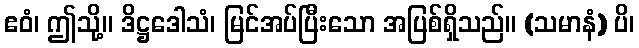
ဧဝံ၊ ဤသို့။ ဒိဋ္ဌဒေါသံ၊ မြင်အပ်ပြီးသော အပြစ်ရှိသည်။ (သမာနံ) ပိ၊